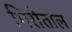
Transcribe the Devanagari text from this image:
गिरीताल